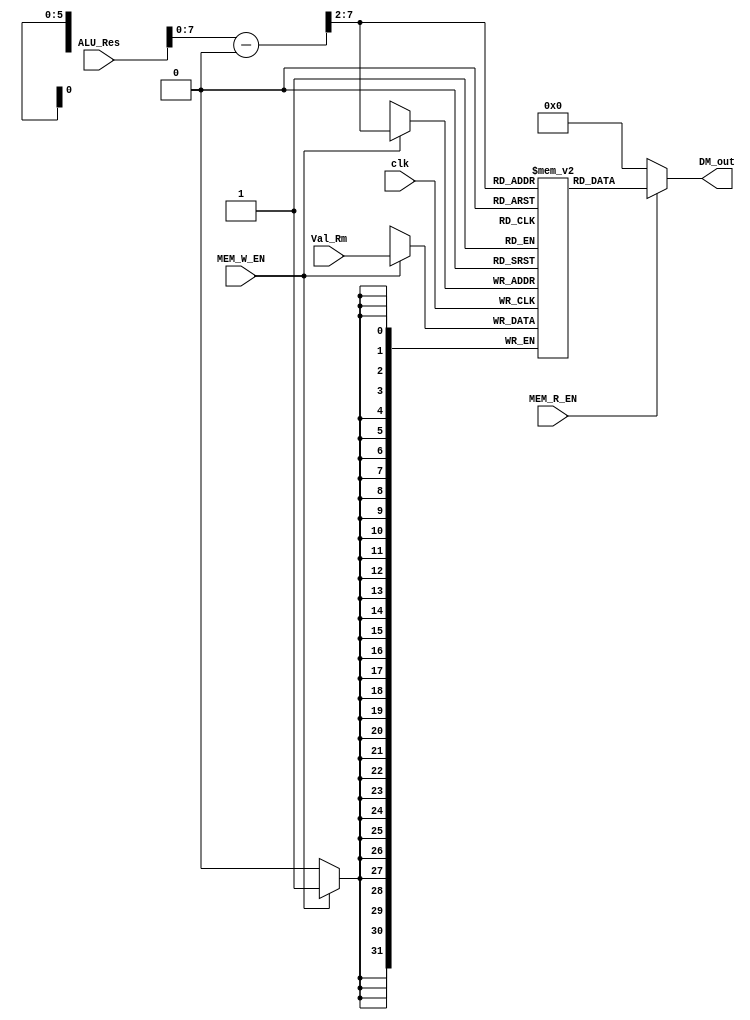
module DataMemory(input clk, MEM_R_EN, MEM_W_EN, 
                 input [31:0] ALU_Res, Val_Rm, 
                 output [31:0] DM_out);
                 
    reg [31:0] memory [0:63];
    wire [31:0] addr;
    assign addr = (ALU_Res - 32'd1024) >> 2;
    
    always @(posedge clk) begin
      if (MEM_W_EN) memory[addr[5:0]] <= Val_Rm;
    end  
    
    assign DM_out = (MEM_R_EN) ? memory[addr[5:0]]:32'b0;

endmodule